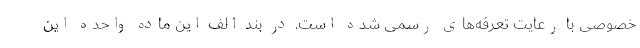
خصوصی با رعایت تعرفه‌های رسمی شده است. در بند الف این ماده واحده این